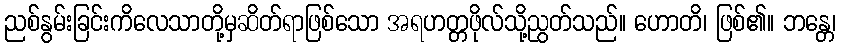
ညစ်နွမ်းခြင်းကိလေသာတို့မှဆိတ်ရာဖြစ်သော အရဟတ္တဖိုလ်သို့ညွတ်သည်။ ဟောတိ၊ ဖြစ်၏။ ဘန္တေ၊